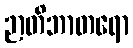
ဉာတိဘာတရော